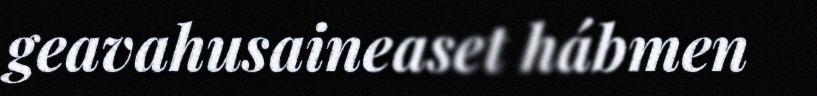
geavahusaineaset hábmen